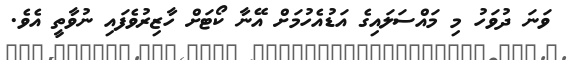
ވަނަ ދުވަހު މި މައްސަލައިގެ އަޑުއެހުމަށް އޭނާ ކޯޓަށް ހާޒިރުވެފައި ނުވާތީ އެވެ.